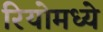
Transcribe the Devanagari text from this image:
रियोमध्ये